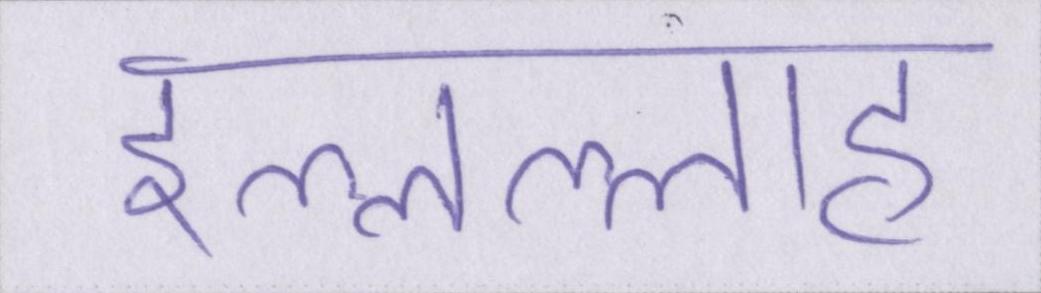
इल्लल्लाह